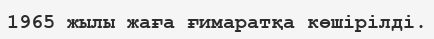
1965 жылы жаға ғимаратқа көшірілді.